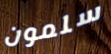
سلمون